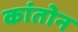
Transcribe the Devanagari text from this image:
कांतोन